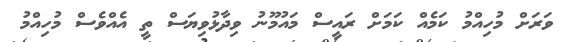
ވަރަށް މުހިއްމު ކަމެއް ކަމަށް ރައީސް މައުމޫނު ވިދާޅުވިޔަސް ތީ އެއްވެސް މުހިއްމު